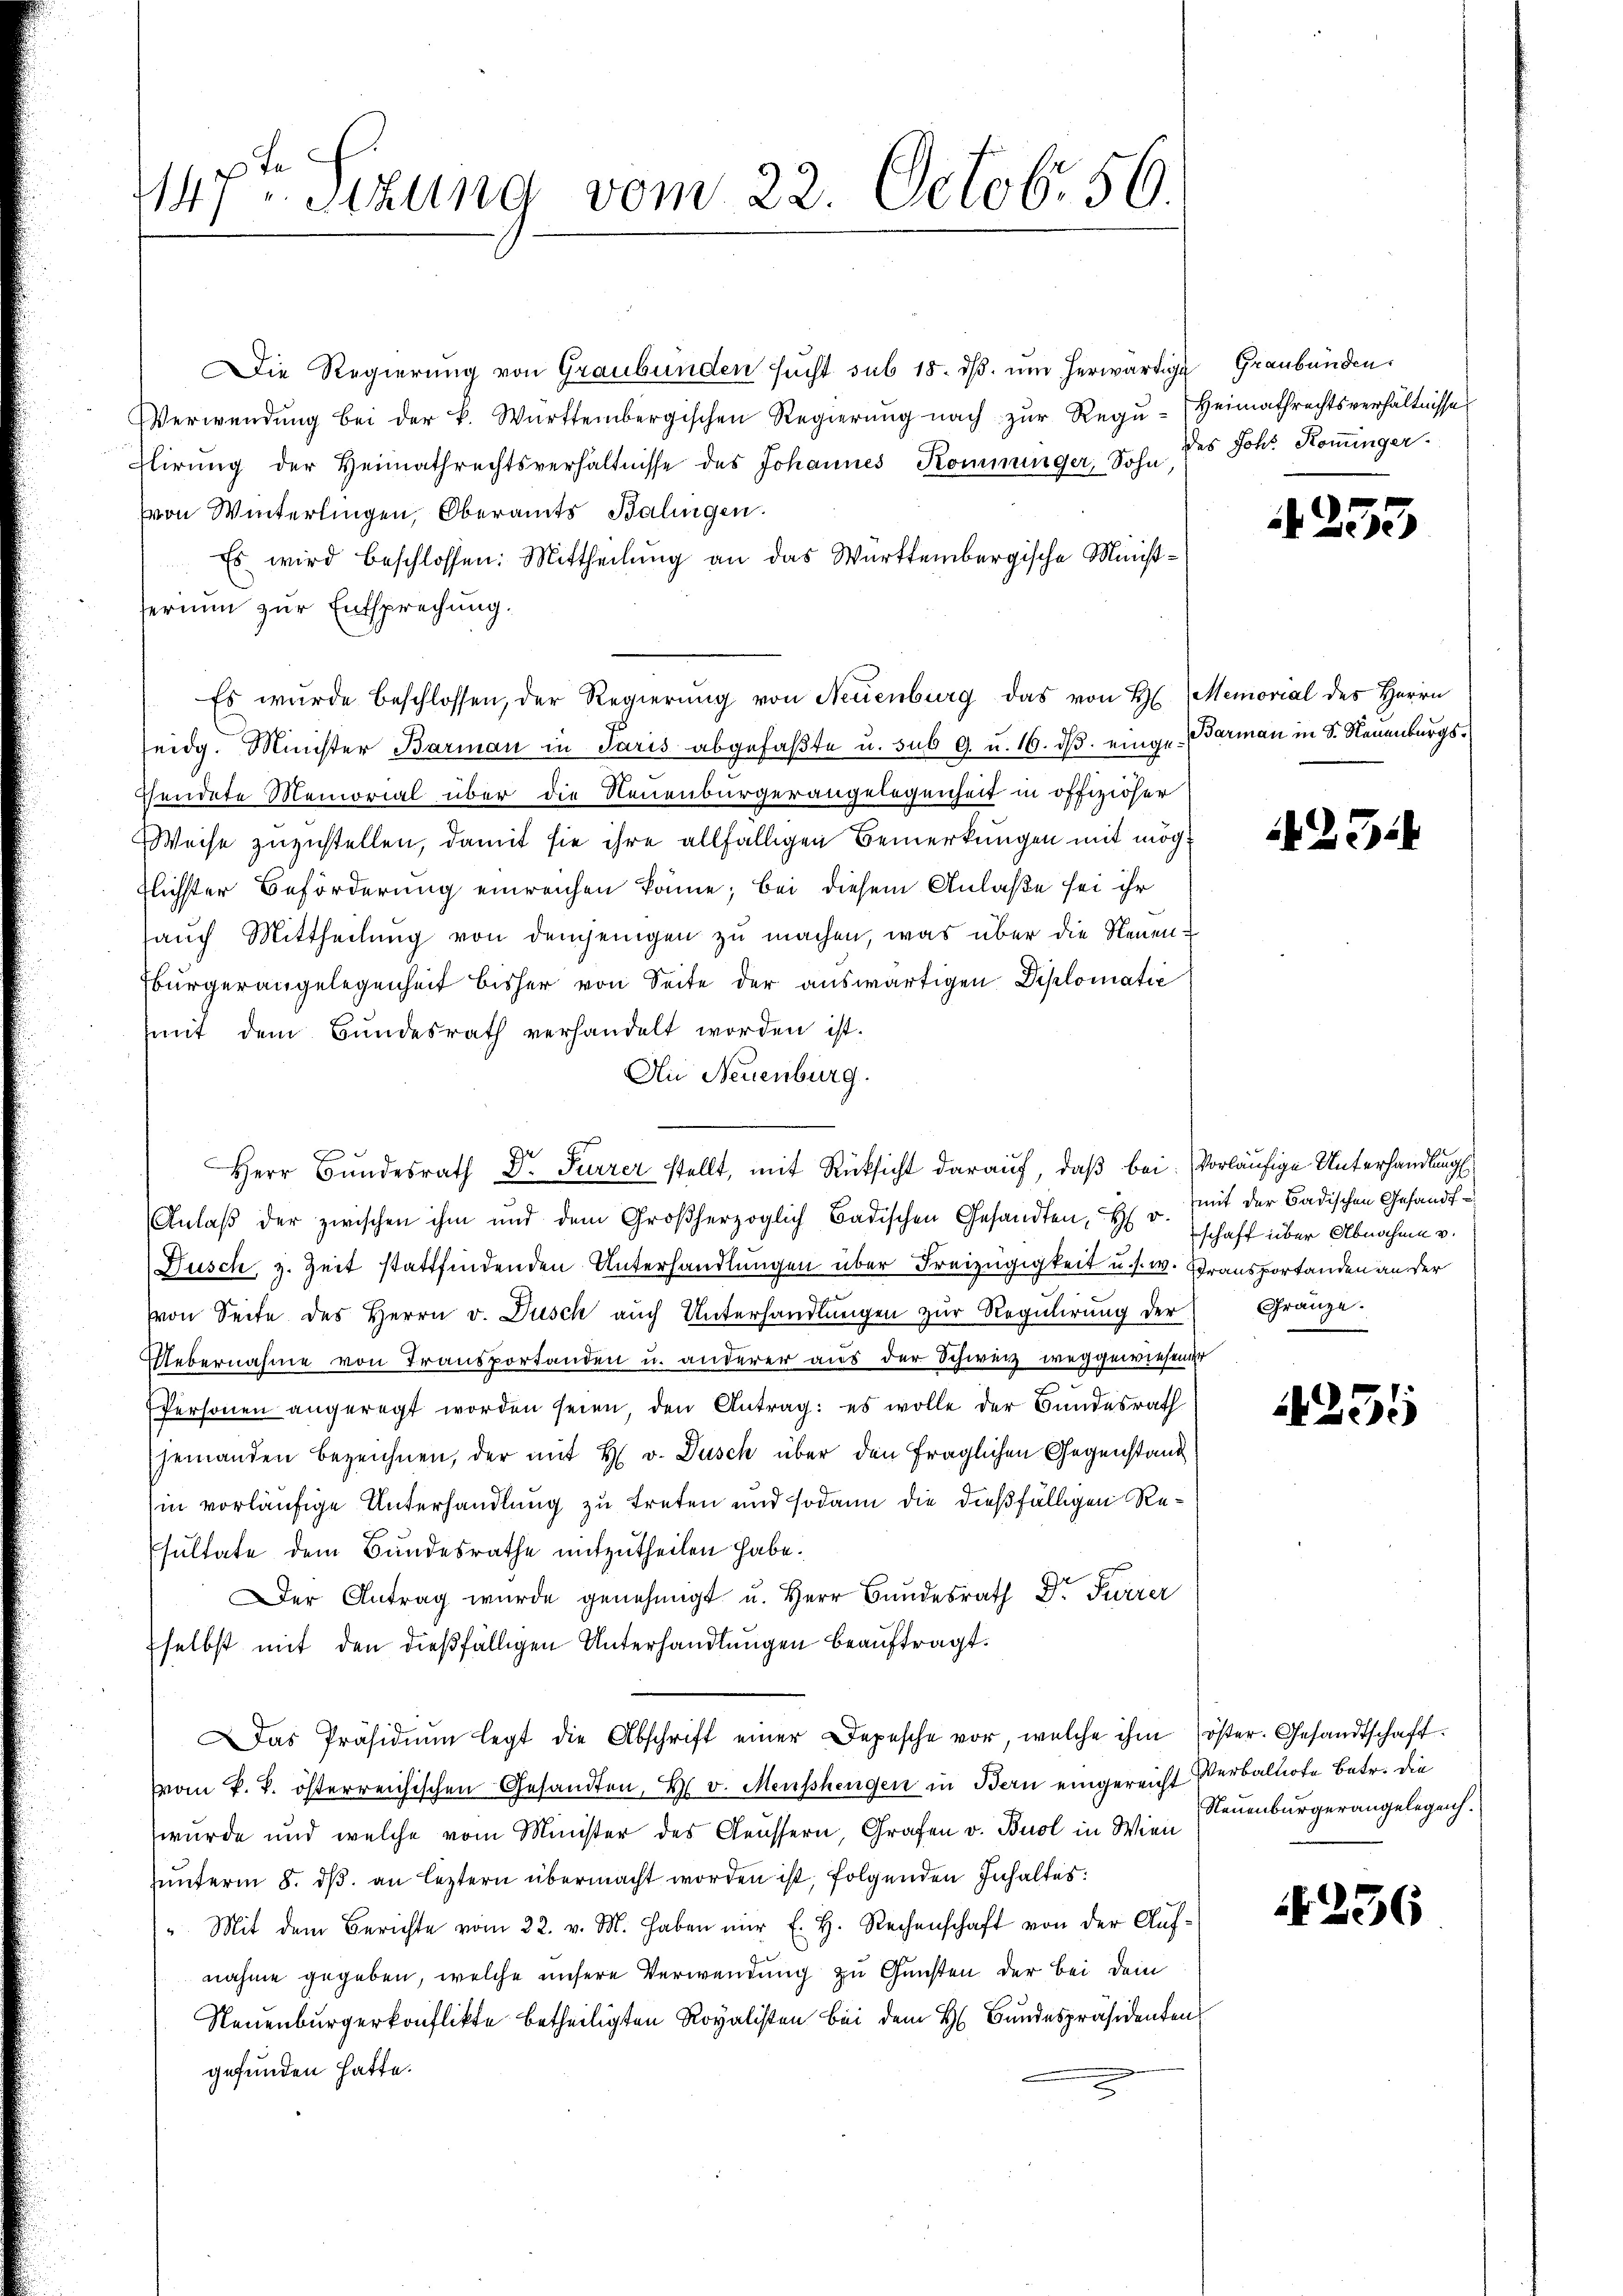
147ten Sitzung vom 22. Octobr. 56.

Die Regierung von Graubünden sucht sub 18. dβ. ŭm herwärtige
Verwendŭng bei der k. Württembergischen Regierŭng nach zŭr Regŭ-Heimathrechtsverhältnisses
lirung der Heimathrechtsverhältnisse des Johannes Komminger, Sohn des Joh. Koninger.
von Winterlingen, Oberamts Balingen.
Es wird beschlossen: Mittheilung an das Württembergische Ministferium zur Entsprechung.
Es wurde beschlossen, der Regierŭng von Neuenburg das von H. Memorial des Herrn
seidg. Minister Barman in Paris abgefaßte u. sub 9. u. 16. dβ einge arman in S. Neuenburgssendete Memorial über die Neuenburgerangelegenheit in offiziöser
Weise zuzustellen, damit sie ihre allfälligen Bemerkungen mit mögflichster Beförderung einreichen könne; bei diesem Anlaße sei ihr
auch Mittheilung von demjenigen zu machen, was über die Neuen-
Ebürgerangelegenheit bisher von Seite der auswärtigen Diplomatić
mit dem Bundesrath verhandelt worden ist.
An Neuenburg.
Anlaβ der zwischen ihm und dem Großherzoglich Badischen Gesandten, H. v.
Dusch, z. Zeit stattfindenden Unterhandlungen über Freizügigkeit u. s. w. Gransportanden an der
von Seite des Herrn v. Dusch auch Unterhandlungen zur Regulirung der
Uebernahme von Transportanden u. anderer aus der Schweiz weggewiesender
Personen angeregt worden seien, den Antrag: es wolle der Bundesrath
jemanden bezeichnen, der mit H. v. Dusch über den fraglichen Gegenstand
in vorläufige Unterhandlung zu treten und sodann die dießfälligen Resultate dem Bundesrathe mitzutheilen habe.
Der Antrag wurde genehmigt u. Herr Bundesrath Dr. Furrer
selbst mit den dießfälligen Unterhandlungen beauftragt.
as Präsidiŭm legt die Abschrift einer Depesche vor, welche ihm öster. Gesandtschaftvom k. k. österreichischen Gesandten, H. v. Menschengen in Bern eingereicht Verbaltirte betr. die
wurde und welche vom Minister des Aeussern, Grafen v. Buol in Wien
ŭnterm 8. dβ an leztern übermacht worden ist, folgenden Inhaltes:
" Mit dem Berichte vom 22. v. M. haben nŭr E. H. Rechenschaft von der Auf-
nahme gegeben, welche unsere Verwendung zu Gunsten der bei Dein
Neuenburgerkonflikte betheiligten Royalisten bei dem H. Bundespräsidenten
gefunden hatte.

r
Herr Bundesrath D. Furrer stellt, mit Rücksicht darauf, daß bei. Vorläufige Unterhandlung

Graubünden.

4253

1231

mit der Badischen Gefandtschaft über Abnahme v.
Gränze.

1255

Neuenburgerangelegenh

236